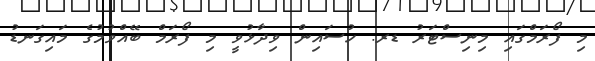
މި ފޯރަމްގައި މިނިސްޓަރު ޑރ. ހުސައިން ވިދާޅުވީ މި ފޯރަމް ބޭއްވުމުގެ މައިގަނޑު